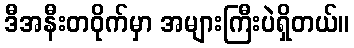
ဒီအနီးတဝိုက်မှာ အများကြီးပဲရှိတယ်။